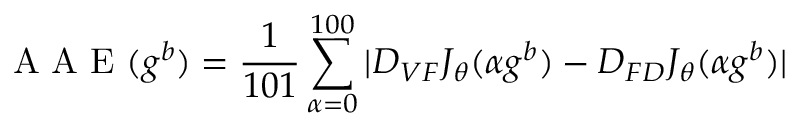
\mathrm { ~ A ~ A ~ E ~ } ( g ^ { b } ) = \frac { 1 } { 1 0 1 } \sum _ { \alpha = 0 } ^ { 1 0 0 } | D _ { V F } J _ { \theta } ( \alpha g ^ { b } ) - D _ { F D } J _ { \theta } ( \alpha g ^ { b } ) |